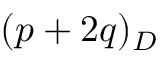
( p + 2 q ) _ { D }